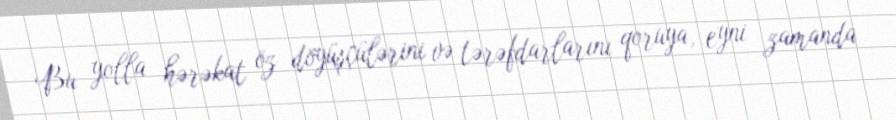
Bu yolla hərəkat öz döyüşçülərini və tərəfdarlarını qoruya, eyni zamanda